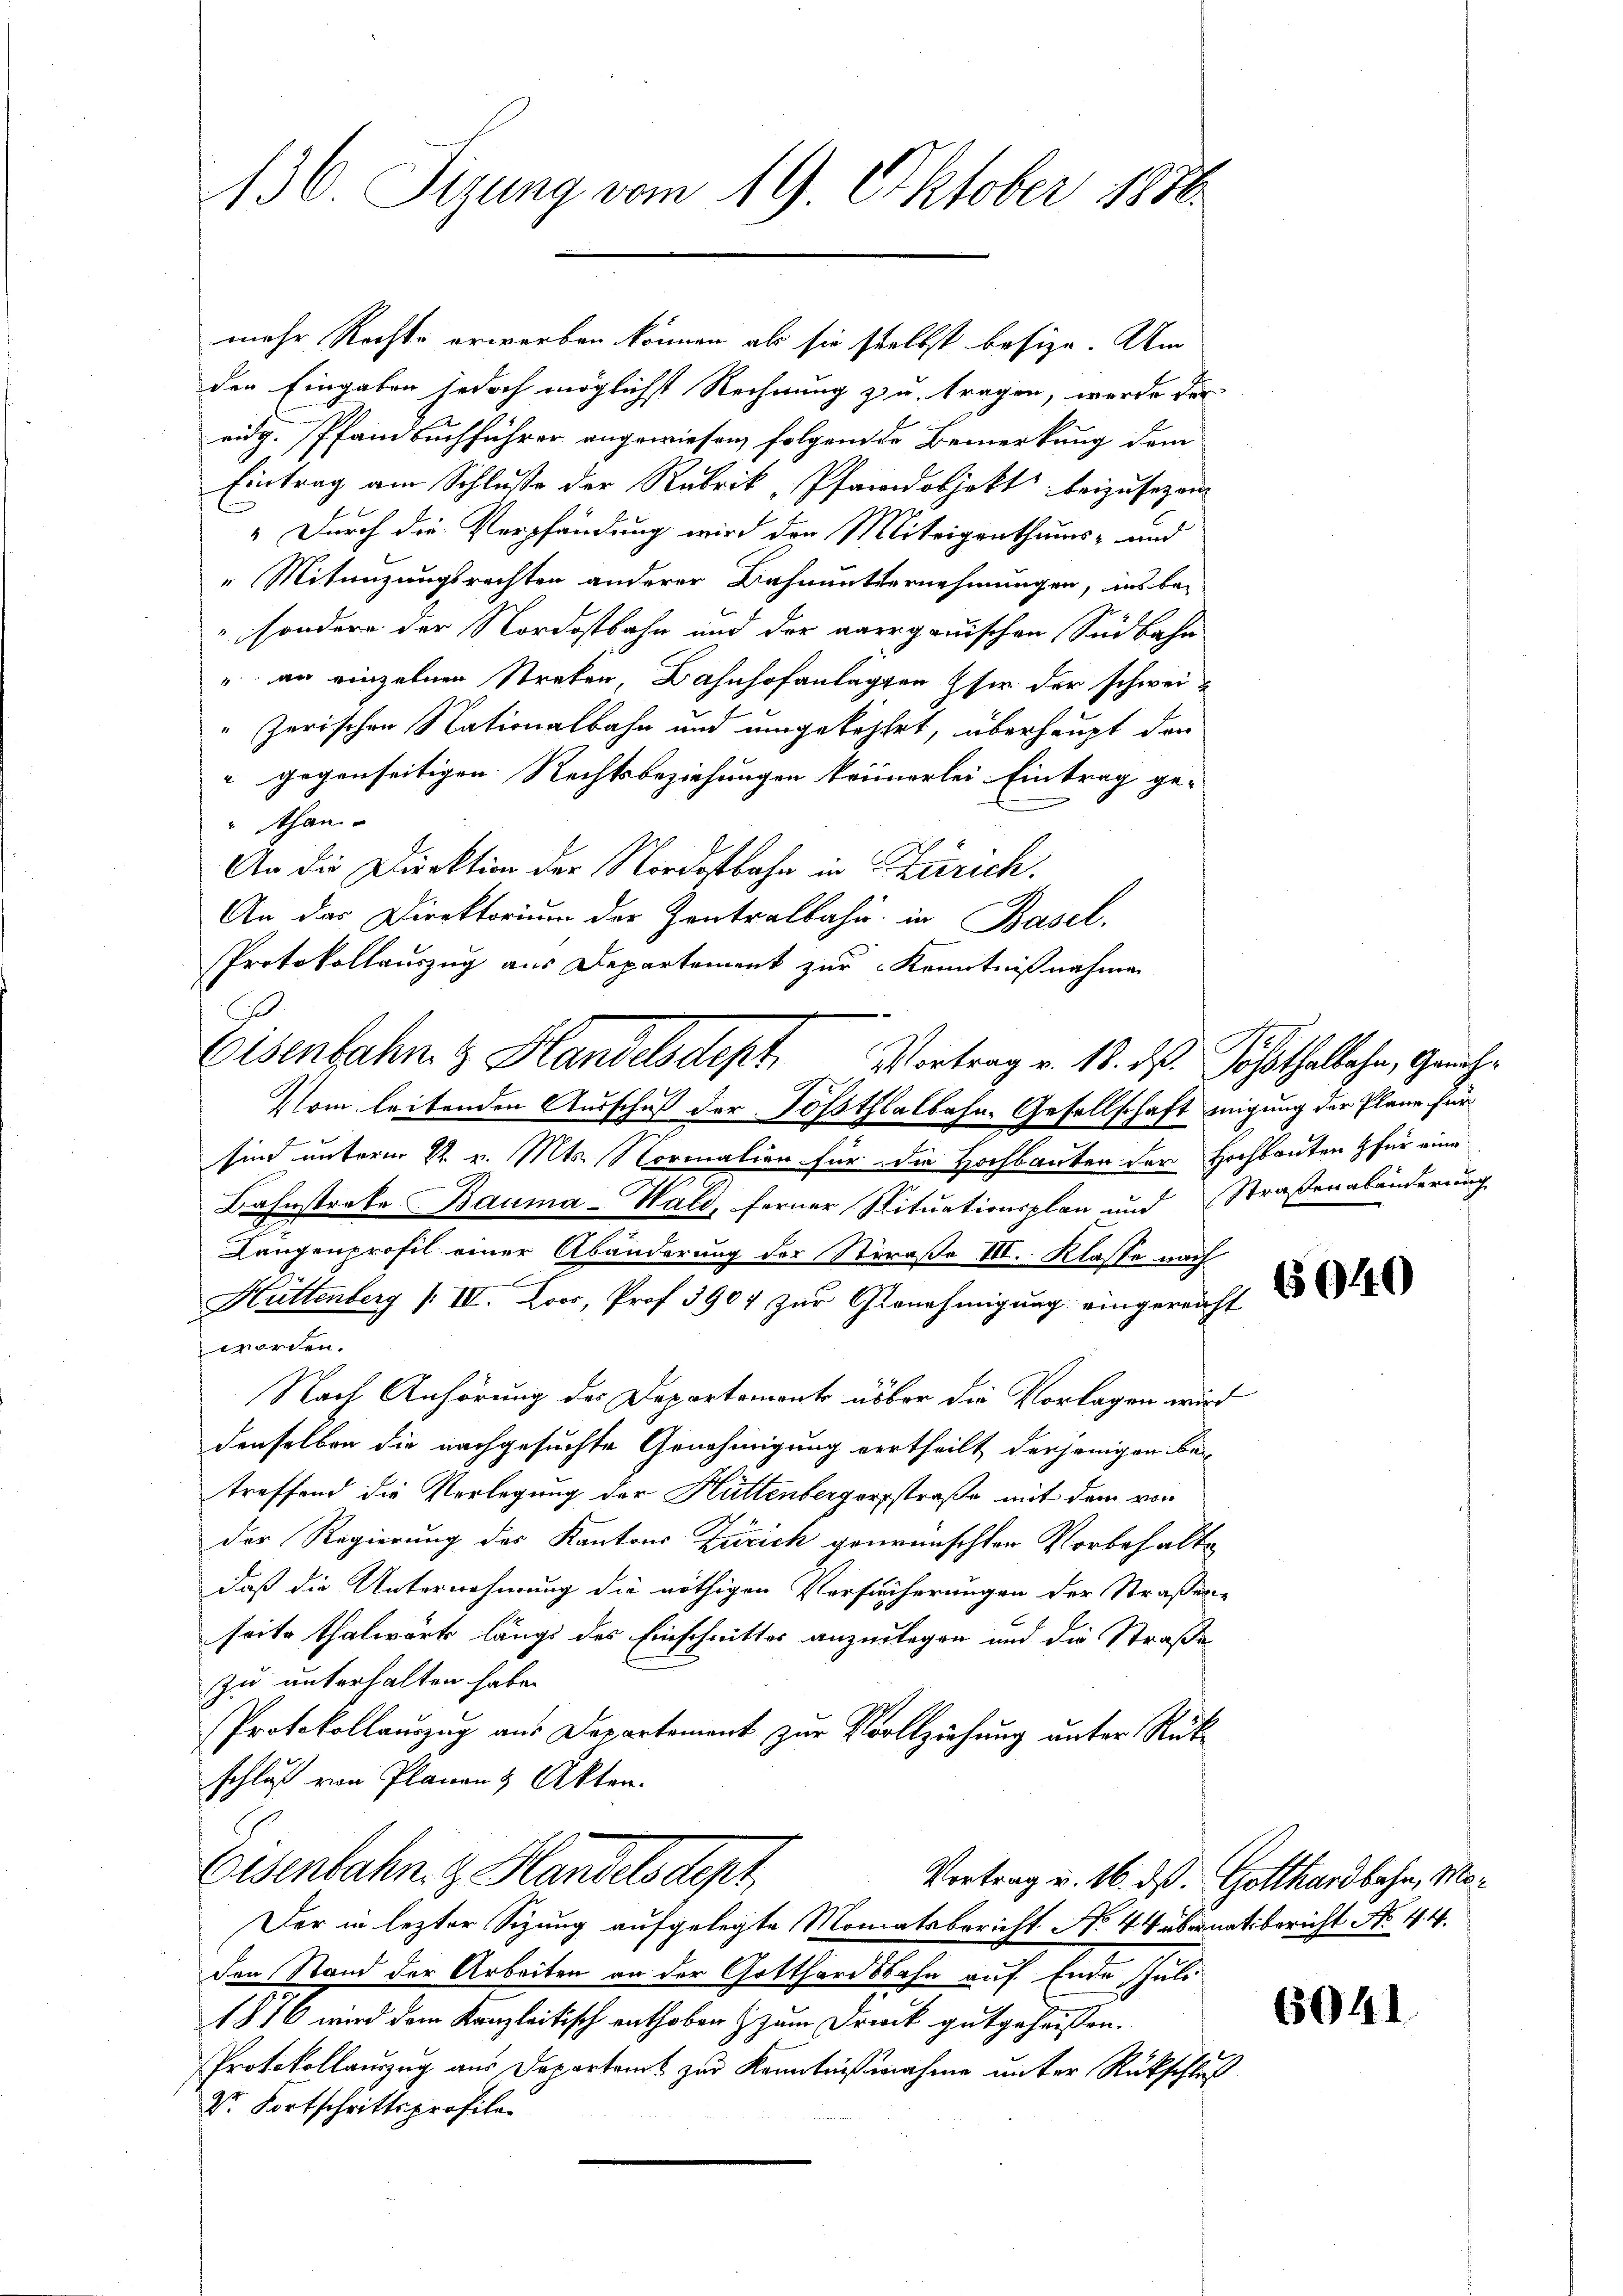
136. Sizung vom 19. Oktober 1886

mehr Rechte erwerben können, als sie selbst besize. Um
der Eingaben jedoch möglichst Rechnung zu tragen, werde der
eidg. Pfandbuchführer angewiesen, folgende Bemerkung dem
Eintrag am Schluße der Rubrik „Pfandobjekt beizusetzen,
" Durch die Verpfändung wird den Miteigenthums- und
" Miteigungsrechten anderer Bahnunternehmungen, ins besondern der Nordostbahn und der aargauischen Südbahn
" an einzelnen Strafen, Bahnhofanlagten sie der schweizerischen Nationalbahn und umgekehlet, überhaupt den
" gegenseitigen Rechtsbeziehungen keinerlei Eintrag ge-
" than
An die Direktion der Nordostbahn in Zürich.
An das Direktorium der Zentralbahn in Basel.
Protokollauszug aus Departement zur Kenntnißnahmen
2
sind unterm 22. v. Mts. Normalien für die Hochbauten der Hochbauten für eine
Bahnstrafe Bauma–Wald, ferner Situationsplan und Straßenabänderung
Längenprofil einer Abänderung der Straße III. Klasse nach
Hüttenberg / IV. Loos, Prof. 3907 zur Genehmigung eingereicht
worden.
Nach Anhörung des Departamente über die Vorlagen wird
denselben die nachgesuchte Genehmigung vertheilt derjenigen betreffend die Verlegung der Hüttenbergersstraße mit dem von
der Regierung des Kantons Zürich gewünschter Vorbehalte
daß die Unternehmung die nöthigen Versucherungen der Straßen-
seite Thalwärts längs des Einschnittes anzulegen und die Straße
zu unterhalten habe.
Protokollauszug aus Departement zur Vollziehung unter Rück-
schluß von Planen & Akten.
Eisenbahn z. Handels Sept.
Vortrag v. 16. ds. Gotthardbahn, Mo¬
Der in lezter Sizung aufgelegte Monatsbericht No 44 übernatibericht No. 1. 4.
den Stand der Arbeiten an der Gotthardsbahn auf Ende Juli
1 § 16 wird dem Kanzleitisch enthoben zum Druck gutgeheissen.
Protokollauszug aus Departamt zur Kenntnißnahme unter Rückschluß
Dr. Fortschrittsprofile

Eisenbahn & Handelsdept Vortrag v. 18. des Josthalbahn, Gauche
Vom leitenden Ausschuß der Solothlalbahn- Gesellschaft migung der Pläne für

6040

6041